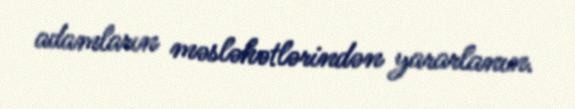
adamların məsləhətlərindən yararlanın.